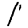
Digit: 1